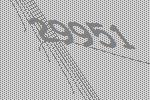
29951